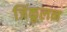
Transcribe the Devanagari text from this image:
जिंकूलन